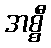
အစ္စီ